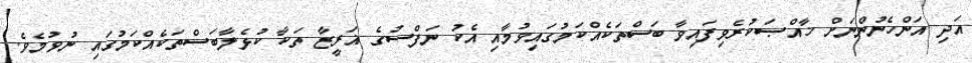
އަދި އަންހެނުންނަށް ޚާއްޞަކުރެވިފައިވާ ބަސްތަކެއްކަމުގައިވުމާއި އެކު ނަފްސުގެ ޣަރީޒާ ތަކާ ކުޅެލާބަސްތަކެއްކަމުގައި ނުވުމެވެ.